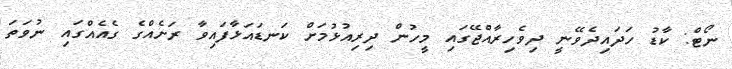
ނޯޓް: ކާޑު ހަދައިދެވޭނީ ދިވެހިރާއްޖޭގައި މީހުން ދިރިއުޅުމަށް ކަނޑައަޅާފައިވާ ރަށެއްގެ ގެއެއްގައި ނުވަތަ